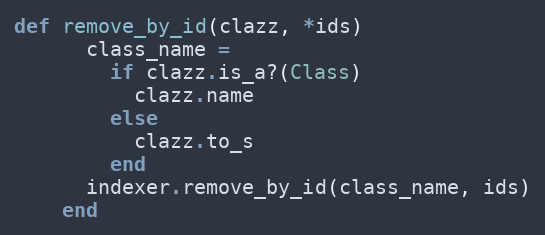
Language: Ruby
def remove_by_id(clazz, *ids)
      class_name =
        if clazz.is_a?(Class)
          clazz.name
        else
          clazz.to_s
        end
      indexer.remove_by_id(class_name, ids)
    end